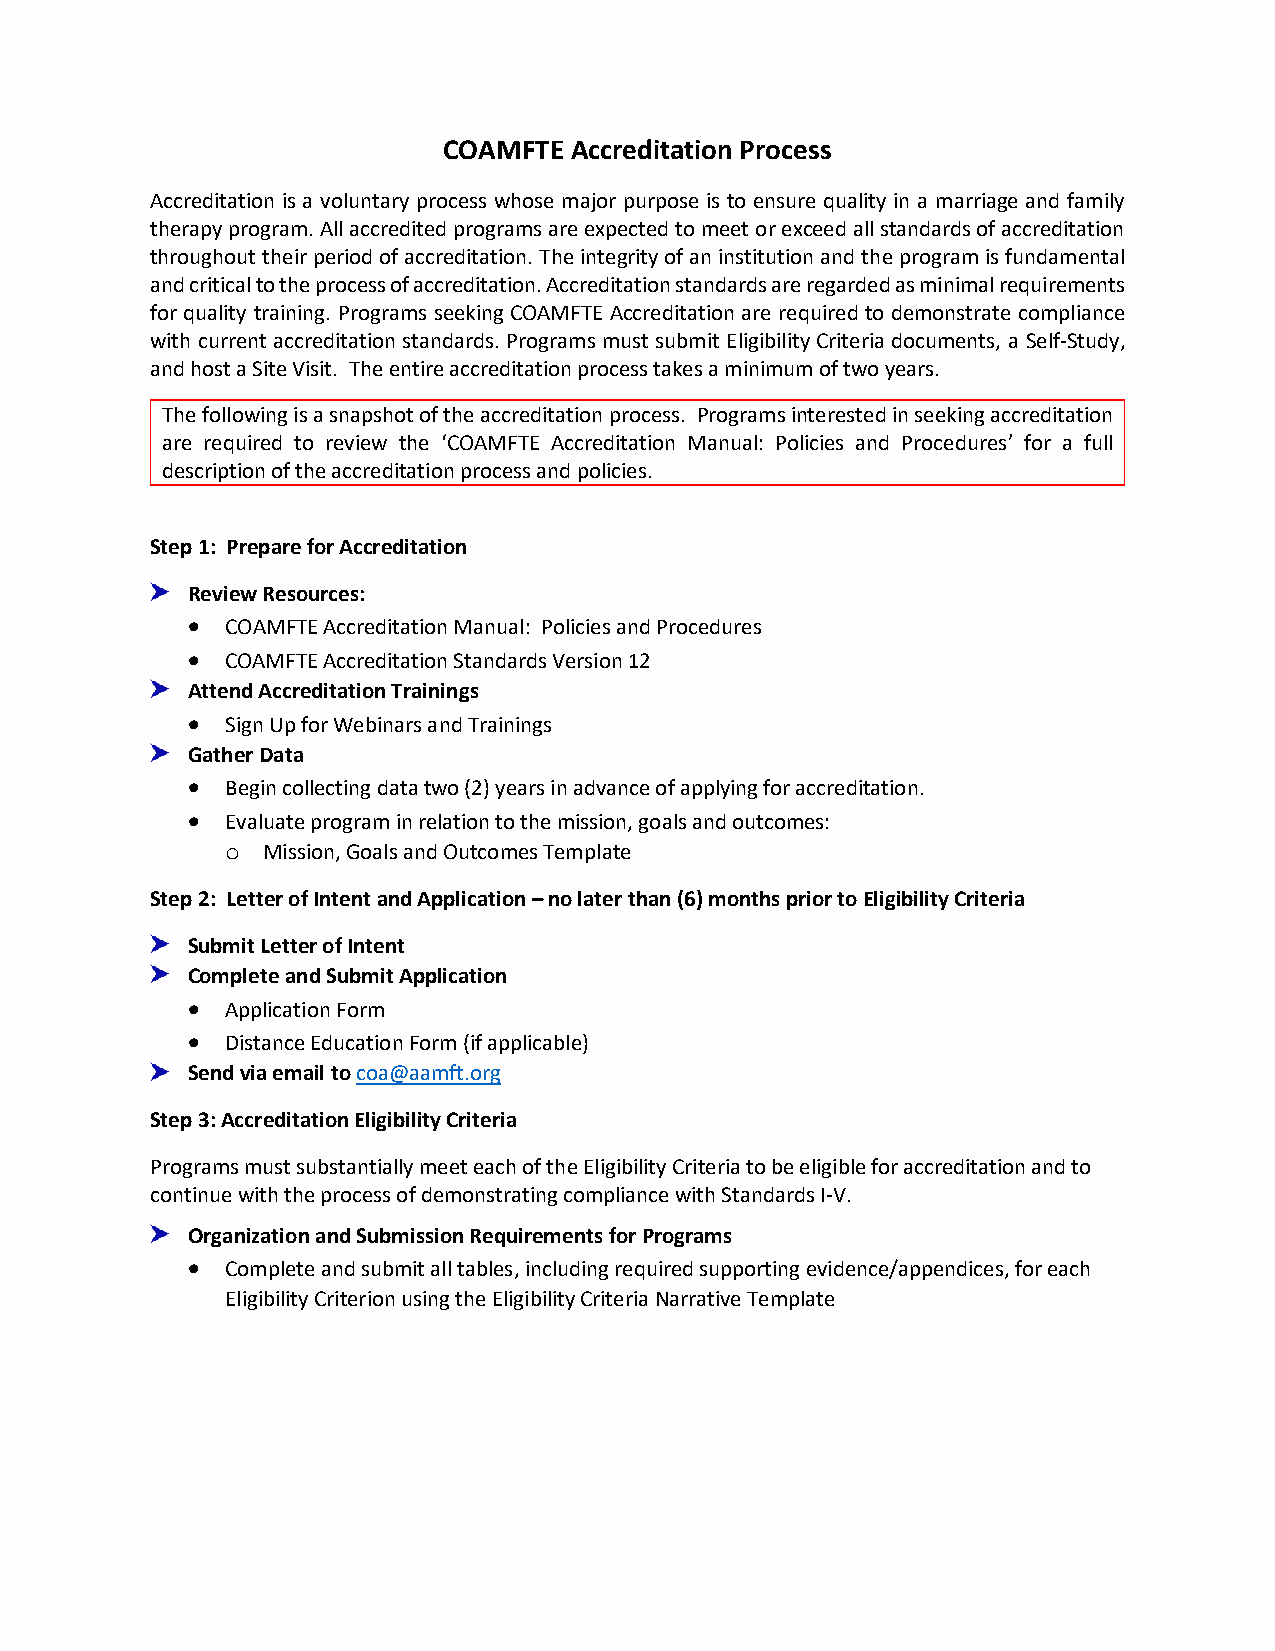
COAMFTE  Accreditation Process
 Accreditation is a voluntary process whose major purpose is to ensure quality in a marriage and family
 therapy program. All accredited programs are expected to meet or exceed all standards of accreditation
 throughout their period of accreditation. The integrity of an institution and the program is fundamental
 and critical to the process of accreditation. Accreditation standards are regarded as minimal requirements
 for quality training. Programs seeking COAMFTE Accreditation are required to demonstrate compliance
 with current accreditation standards. Programs must submit Eligibility Criteria documents, a Self-Study,
 and host a Site Visit. The entire accreditation process takes a minimum of two years.
 The following is a snapshot of the accreditation process. Programs interested in seeking accreditation
 are required to review the ‘COAMFTE Accreditation Manual: Policies and Procedures’ for a full
 description of the accreditation process and policies.
 Step 1: Prepare for Accreditation
 Review Resources:
 •  COAMFTE Accreditation Manual: Policies and Procedures
 •  COAMFTE Accreditation Standards Version 12
 Attend Accreditation Trainings
 •  Sign Up for Webinars and Trainings
 Gather Data
 •  Begin collecting data two (2) years in advance of applying for accreditation.
 •  Evaluate program in relation to the mission, goals and outcomes:
 o Mission, Goals and Outcomes Template
 Step 2: Letter of Intent and Application – no later than (6) months prior to Eligibility Criteria
 Submit Letter of Intent
 Complete and Submit Application
 •  Application Form
 •  Distance Education Form (if applicable)
 Send via email to coa@aamft.org
 Step 3: Accreditation Eligibility Criteria
 Programs must substantially meet each of the Eligibility Criteria to be eligible for accreditation and to
 continue with the process of demonstrating compliance with Standards I-V.
 Organization and Submission Requirements for Programs
 •  Complete and submit all tables, including required supporting evidence/appendices, for each
 Eligibility Criterion using the Eligibility Criteria Narrative Template